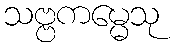
သဗ္ဗကမ္မေသု